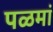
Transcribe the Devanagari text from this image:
पळमां